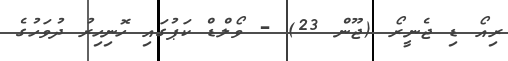
ރިއޯ ޑި ޖެނީރޯ (ޖޫން 23) - ވޯލްޑް ކަޕުގައި ހޮނިހިރު ދުވަހުގެ